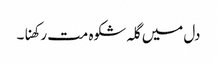
دل میں گلہ شکوہ مت رکھنا۔